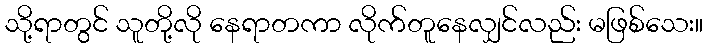
သို့ရာတွင် သူတို့လို နေရာတကာ လိုက်တူနေလျှင်လည်း မဖြစ်သေး။